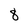
Character: 8